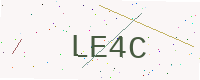
Text: LE4C